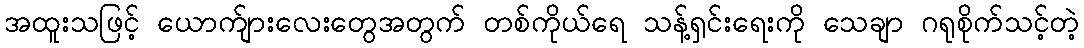
အထူးသဖြင့် ယောက်ျားလေးတွေအတွက် တစ်ကိုယ်ရေ သန့်ရှင်းရေးကို သေချာ ဂရုစိုက်သင့်တဲ့